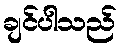
ချင်ပါသည်